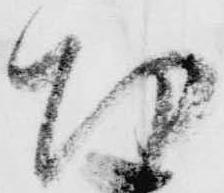
切